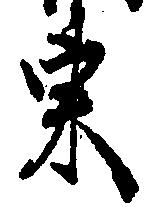
東